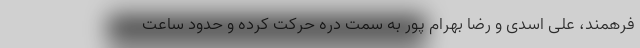
فرهمند، علی اسدی و رضا بهرام پور به سمت دره حرکت کرده و حدود ساعت